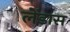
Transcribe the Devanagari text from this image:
लेंडास